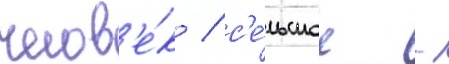
челов'е́к / с'е́льское -